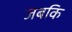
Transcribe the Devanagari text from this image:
जबकि